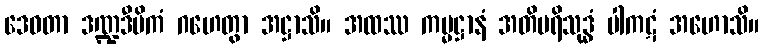
ဒေဝတာ ဒဏ္ဍဒီပိကံ ဂဟေတွာ အဋ္ဌာသိ။ အထဿ ကမ္မဋ္ဌာနံ အတိပရိသုဒ္ဓံ ပါကဋံ အဟောသိ။